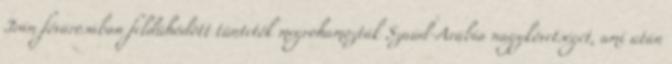
Irán fővárosában feldühödött tüntetők megrohamozták Szaúd-Arábia nagykövetségét, ami után